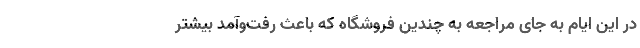
در این ایام به جای مراجعه به چندین فروشگاه که باعث رفت‌‌وآمد بیشتر